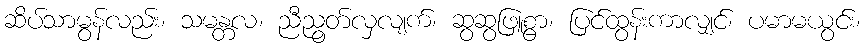
ဆိပ်သာမွန်လည်း၊ သမန္တလ၊ ညီညွတ်လှလျက်၊ ဆွဆွဖြူစွာ၊ ပြင်ထွန်းကာလျှင်၊ ပမာမယွင်း၊